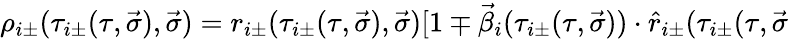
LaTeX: \rho_{i\pm}(\tau_{i\pm}(\tau,\vec{\sigma}),\vec{\sigma})=r_{i\pm}(\tau_{i\pm}(\tau,\vec{\sigma}),\vec{\sigma})[1\mp\vec{\beta}_{i}(\tau_{i\pm}(\tau,\vec{\sigma}))\cdot\hat{r}_{i\pm}(\tau_{i\pm}(\tau,\vec{\sigma}